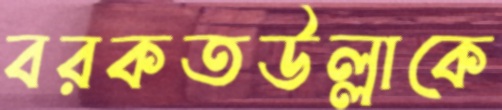
বরকতউল্লাকে